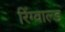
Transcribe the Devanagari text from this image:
रिंग्वाल्ड